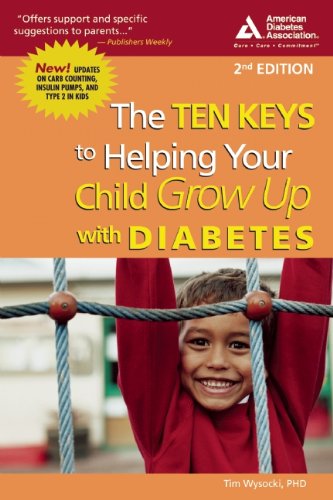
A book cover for Ten Keys to Helping Your Child Grow Up with Diabetes, Second Edition; Tim Wysocki Ph.D.; Health, Fitness & Dieting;